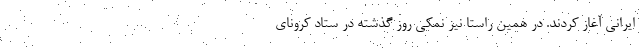
ایرانی آغاز کردند. در همین راستا نیز نمکی روز گذشته در ستاد کرونای